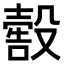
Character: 𣫀